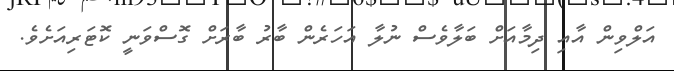
އަލްވިން އާއި ދިމާއަށް ބަލާވެސް ނުލާ އަހަރެން ބާރު ބާރަށް ގޮސްވަނީ ކޮޓަރިއަށެވެ.